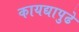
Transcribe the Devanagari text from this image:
कायद्यापुढे